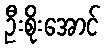
ဦးစိုးအောင်